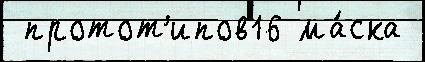
 протот'ипов16 ма́ска